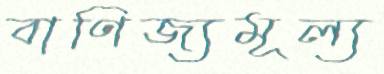
বাণিজ্যমূল্য